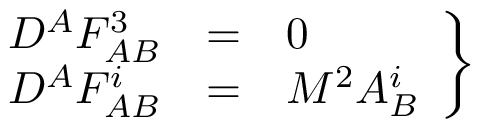
\left. \begin{array} { c c l } { { D ^ { A } F _ { A B } ^ { 3 } } } & { { = } } & { { 0 } } \\ { { D ^ { A } F _ { A B } ^ { i } } } & { { = } } & { { M ^ { 2 } A _ { B } ^ { i } } } \end{array} \right\}